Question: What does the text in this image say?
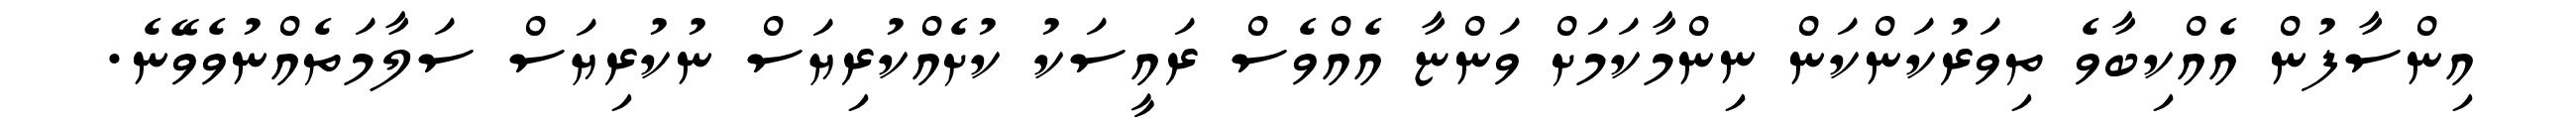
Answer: އިންސާފުން އެއްކިބާވެ ތިވަރުކަންކަން ނިންމާކަމަށް ވަންޏާ އެއްވެސް ރައީސަކު ކުށެއްކުރިޔަސް ނުކުރިޔަސް ސަލާމަތެއްނުވެވޭނެ.